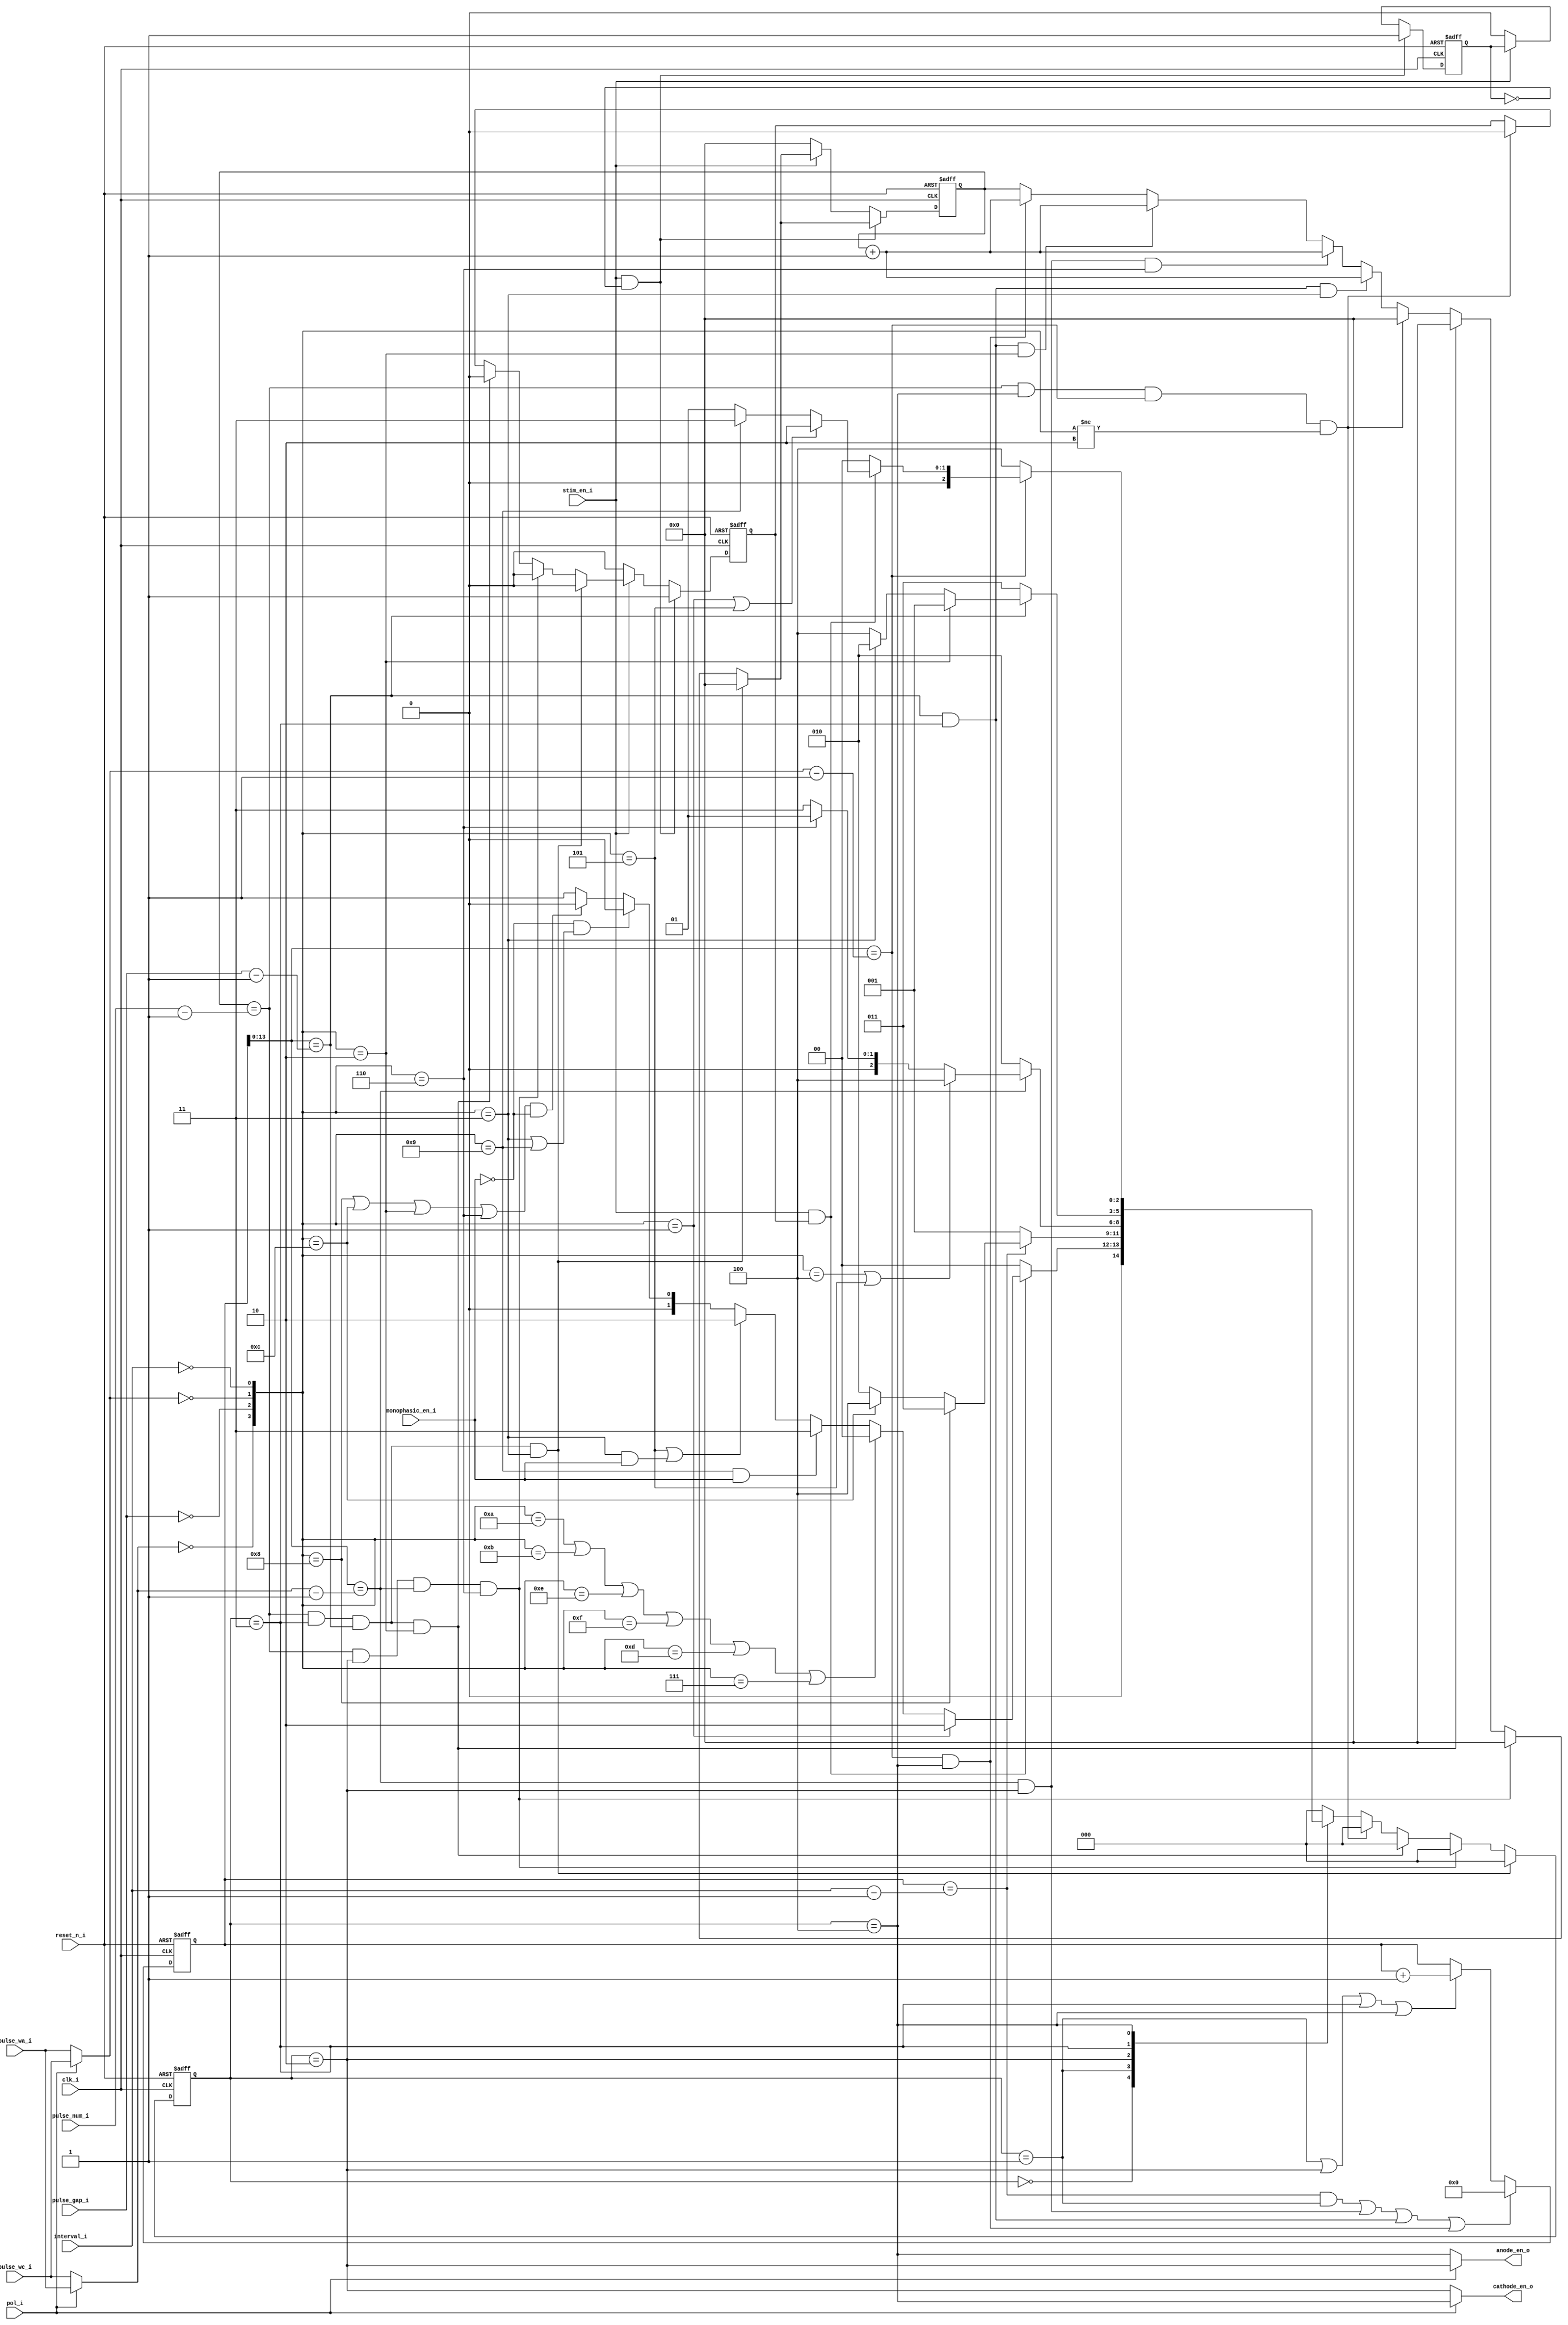
/* ICGLUE GENERATED FILE - manual changes out of prepared *icglue keep begin/end* blocks will be overwritten */
/* icglue keep begin head */
/*
 * Module      : stim_ctrl
 * Project Name: W_ICONS
 * Company     : Blackrock Neurotech
 *
 */
/* icglue keep end */
`timescale 1ns/1ps

module stim_ctrl (
    pulse_wc_i,
    pulse_gap_i,
    pulse_wa_i,
    pulse_num_i,
    pol_i,
    monophasic_en_i,
    //range_i,
    stim_en_i,
    clk_i,
    reset_n_i,
    interval_i,
    anode_en_o,
    cathode_en_o
);
    /* icglue keep begin parameters *//* icglue keep end */

    input  [13:0] pulse_wc_i;
    input  [13:0] pulse_gap_i;
    input  [13:0] pulse_wa_i;
    input  [11:0] pulse_num_i;
    input         pol_i;
    input         monophasic_en_i;
    //input         range_i;
    input         stim_en_i;
    input         reset_n_i;
    input         clk_i;
    input [15:0]  interval_i;
    output        anode_en_o;
    output        cathode_en_o;
    /* icglue keep begin declarations */
    wire [13:0] pulsew1;
    wire [13:0] pulsew2;
    reg  [15:0] cnt_singlepulse;
    reg  [11:0] cnt_pulsenum;
    wire        enable_window;
    reg         enable_window_chk;
    reg         enable_window_chk_lock;
    wire [3:0]  check_zero;
    
    localparam                   STATE_WIDTH   = 3;
    reg [STATE_WIDTH-1:0] state, nxt_state;
    
    localparam [STATE_WIDTH-1:0] S_IDLE        = 3'b000; //'h0
    localparam [STATE_WIDTH-1:0] S_INTERVAL    = 3'b001; //'h0
    localparam [STATE_WIDTH-1:0] S_W1          = 3'b010; //'h1
    localparam [STATE_WIDTH-1:0] S_GAP         = 3'b011; //'h2
    localparam [STATE_WIDTH-1:0] S_W2          = 3'b100; //'h3
    //localparam [STATE_WIDTH-1:0] S_PULSENUM    = 3'b101; //'h4


    assign pulsew1 = (pol_i ? pulse_wa_i : pulse_wc_i);
    assign pulsew2 = (pol_i ? pulse_wc_i : pulse_wa_i);

    assign anode_en_o   = ((pol_i) ? (state == S_W1) : (state == S_W2) );
    assign cathode_en_o = ((pol_i) ? (state == S_W2) : (state == S_W1) );

    assign check_zero   = {(pulsew1 == 14'b0),(pulse_gap_i == 14'b0),(pulsew2 == 14'b0),(interval_i == 16'b0)};

    
    //FSM
    always @(posedge clk_i or negedge reset_n_i) begin
        if(reset_n_i == 1'b0) begin
            state                   <= S_IDLE;
            cnt_singlepulse         <= 'b0;
            cnt_pulsenum            <= 'b0;
            enable_window_chk_lock  <= 'b0;
            enable_window_chk       <= 'b0;
        end else begin
            state           <= nxt_state;

            if ( (state == S_INTERVAL) || (state == S_W1) || (state == S_GAP) || (state == S_W2))begin
                cnt_singlepulse <= cnt_singlepulse + 1'b1;
            end 
           
            // reset the counter for the next state
            if ( ((cnt_singlepulse == (interval_i-1'b1)) && (state == S_INTERVAL)) ||
                 ((cnt_singlepulse[13:0] == (pulsew1-1'b1)) && (state == S_W1)) ||
                 ((cnt_singlepulse[13:0] == (pulse_gap_i-1'b1)) && (state == S_GAP)) || 
                 ((cnt_singlepulse[13:0] == (pulsew2-1'b1)) && (state == S_W2)) ) begin
                cnt_singlepulse <= 'b0;    
            end

            //increase the cnt_pulsenum in every iteration for Non-zero W2
            if ( ((cnt_singlepulse[13:0] == (pulsew2-1'b1)) && (state == S_W2)) ) begin
                cnt_pulsenum    <=  cnt_pulsenum + 1'b1;   
            end

            // for zero W2 only
            if ( ((cnt_singlepulse[13:0] == (pulse_gap_i-1'b1)) && (state == S_GAP)) && (check_zero == 4'b0010) ) begin
                cnt_pulsenum    <=  cnt_pulsenum + 1'b1;   
            end

            // for zero W2 and gap
            if ( ((cnt_singlepulse[13:0] == (pulsew1-1'b1)) && (state == S_W1)) && (check_zero == 4'b0110) ) begin
                cnt_pulsenum    <=  cnt_pulsenum + 1'b1;   
            end

            // for zero W2 and interval
            if ( ((cnt_singlepulse[13:0] == (pulse_gap_i-1'b1)) && (state == S_GAP)) && (check_zero == 4'b0011) ) begin
                cnt_pulsenum    <=  cnt_pulsenum + 1'b1;   
            end

            // to stop stimulation for the cases when W2 is non-zero
            if ((cnt_pulsenum == (pulse_num_i-1'b1)) && (state == S_W2) && (cnt_singlepulse[13:0] == (pulsew2-1'b1)) && (check_zero != 4'b0010)) begin
                cnt_pulsenum      <=   'b0;  
                //stop the stimulator after pulse_num_i
                enable_window_chk <=  1'b0; 
                state             <= S_IDLE;
            end

            //  to stop stimulation for the cases when W2 is zero
            if ((cnt_pulsenum == (pulse_num_i-1'b1)) && (state == S_GAP) && (cnt_singlepulse[13:0] == (pulse_gap_i-1'b1)) && (check_zero == 4'b0010)) begin
                cnt_pulsenum      <=   'b0;  
                //stop the stimulator after pulse_num_i
                enable_window_chk <=  1'b0; 
                state             <= S_IDLE;
            end

            //  to stop stimulation for the cases when W2 and gap are zero
            if ((cnt_pulsenum == (pulse_num_i-1'b1)) && (state == S_W1) && (cnt_singlepulse[13:0] == (pulsew1-1'b1)) && (check_zero == 4'b0110)) begin
                cnt_pulsenum      <=   'b0;  
                //stop the stimulator after pulse_num_i
                enable_window_chk <=  1'b0; 
                state             <= S_IDLE;
            end


            //  to stop stimulation for the cases when W2 and interval are zero
            if ((cnt_pulsenum == (pulse_num_i-1'b1)) && (state == S_GAP) && (cnt_singlepulse[13:0] == (pulse_gap_i-1'b1)) && (check_zero == 4'b0011)) begin
                cnt_pulsenum      <=   'b0;  
                //stop the stimulator after pulse_num_i
                enable_window_chk <=  1'b0; 
                state             <= S_IDLE;
            end

            // stim_en_i should be disabled to make the enable_window_chk 0 again
            if (stim_en_i  & (enable_window_chk_lock == 1'b0) )begin
                enable_window_chk      <= 1'b1;
                enable_window_chk_lock <= 1'b1;
           
            end else if (stim_en_i == 1'b0) begin
                enable_window_chk      <= 1'b0;
                enable_window_chk_lock <= 1'b0;
                cnt_pulsenum           <= 'b0;
            end
        end
    end

    assign enable_window = stim_en_i & enable_window_chk;

    always @(*) begin
        nxt_state = state;
        
        case(state)
            S_IDLE: begin
                if ( enable_window == 1'b0) begin
                    nxt_state = S_IDLE;
                end else begin
                    // case where only interval_i is zero 
                    if (check_zero == 4'b0001) begin           // when W1 is zero go to GAP
                        nxt_state = S_W1;
                    
                    // Invalid Cases where W1 and W2 are zero, these cases are not generating any stimulation patterns/ cases where either W1 or W2 are non-sero and the rest are zero
                    end else if ( (check_zero == 4'b1010) || (check_zero == 4'b1011) || (check_zero == 4'b1110) || (check_zero == 4'b1111) || (check_zero == 4'b1101) || (check_zero == 4'b0111) ) begin
                        nxt_state = S_IDLE;

                    // Cases where W1 and interval are both zero: monophasic
                    end else if ((check_zero == 4'b1001) && (monophasic_en_i == 1'b1)) begin
                        nxt_state = S_GAP;

                    // Cases where gap and interval both are zero/ Cases where W2 and interval both are zero
                    end else if ( (check_zero == 4'b0101) || ((check_zero == 4'b0011) && (monophasic_en_i == 1'b1)) ) begin
                        nxt_state = S_W1;

                    // if monophasic cases are not allowed but the parameters are wrongly set by the user: nothing happens
                    end else if ((monophasic_en_i == 1'b0) && ((check_zero == 4'b0011) || (check_zero == 4'b1001))) begin
                        nxt_state = S_IDLE;
                    
                    // Normal Case and other remaining cases where interval is not zero
                    end else begin
                        if  ( ((check_zero == 4'b1000) || (check_zero == 4'b1100) || (check_zero == 4'b0010) || (check_zero == 4'b0110) ) && (monophasic_en_i == 1'b0) ) begin
                            nxt_state = S_IDLE;
                        end else begin
                            nxt_state = S_INTERVAL;
                        end
                    end
                end
            end

            S_INTERVAL: begin
                if (cnt_singlepulse == (interval_i-1'b1) ) begin
                    
                    // Cases where W1 is zero: monophasic
                    if (check_zero == 4'b1000) begin
                        nxt_state = S_GAP;
                    
                    // Cases where W1 and gap both zero: monophasic
                    end else if (check_zero == 4'b1100) begin
                        nxt_state = S_W2;

                    // Cases where W2 and gap both zero: monophasic
                    end else if (check_zero == 4'b0110) begin
                        nxt_state = S_W1;

                    //for when W1 is non-zero
                    end else begin          
                        nxt_state = S_W1;
                    end
                   
                end else begin
                    nxt_state = S_INTERVAL;
                end              
            end

            S_W1: begin
                if (cnt_singlepulse[13:0] == (pulsew1-1'b1) ) begin
                    if ( (check_zero == 4'b0100) || (check_zero == 4'b0101) )  begin 
                        nxt_state = S_W2;

                    // Cases where W2 and gap both zero: monophasic
                    end else if (check_zero == 4'b0110) begin
                        nxt_state = S_INTERVAL;
                    
                    end else begin
                        nxt_state = S_GAP;
                    end 
                end else begin
                    nxt_state = S_W1;
                end             
            end

            S_GAP: begin
                if ( cnt_singlepulse[13:0] == (pulse_gap_i-1'b1) ) begin
                    if ( (check_zero == 4'b0010) ) begin
                        nxt_state = S_INTERVAL;
                    
                    // Cases where W2 and gap both zero: monophasic
                    end else if (check_zero == 4'b0011) begin
                        nxt_state = S_W1;

                    end else begin
                        nxt_state = S_W2;
                    end
                end else begin
                    nxt_state = S_GAP;
                end             
            end

            S_W2: begin
                if (cnt_singlepulse[13:0] == (pulsew2-1'b1) ) begin
                    if ( enable_window == 1'b0) begin
                        nxt_state = S_IDLE;
                    end else begin
                        // when interval is zero go to W1 directly/ when both interval and gap are zero
                        if ((check_zero == 4'b0001) || (check_zero == 4'b0101) ) begin           
                             nxt_state = S_W1;
                        
                        // Cases where W1 and interval are both zero: monophasic
                        end else if (check_zero == 4'b1001) begin
                            nxt_state = S_GAP;

                        // Normal Case    
                        end else begin
                            nxt_state = S_INTERVAL;
                        end
                    end
                end else begin
                    nxt_state = S_W2;
                end   
            end        
            
            default: nxt_state = S_IDLE;       
        endcase
    end



    /* icglue keep end */
endmodule